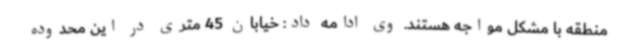
منطقه با مشکل مواجه هستند. وی ادامه داد: خیابان 45 متری در این محدوده